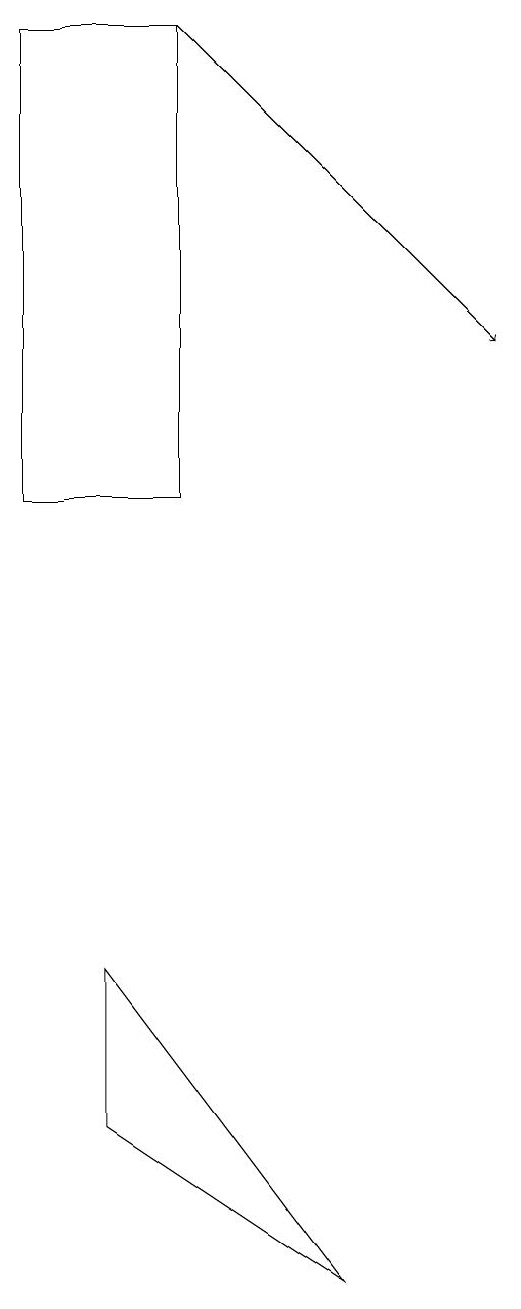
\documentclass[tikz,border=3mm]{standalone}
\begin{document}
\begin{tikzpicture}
\draw[->] (2,17) -- (6,13);
\draw (1,3) -- (1,5) -- (4,1) -- cycle;
\draw (2,17) rectangle (0,11);
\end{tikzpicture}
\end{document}